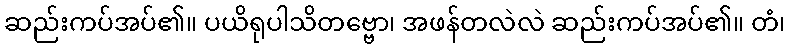
ဆည်းကပ်အပ်၏။ ပယိရုပါသိတဗ္ဗော၊ အဖန်တလဲလဲ ဆည်းကပ်အပ်၏။ တံ၊